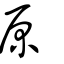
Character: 邍